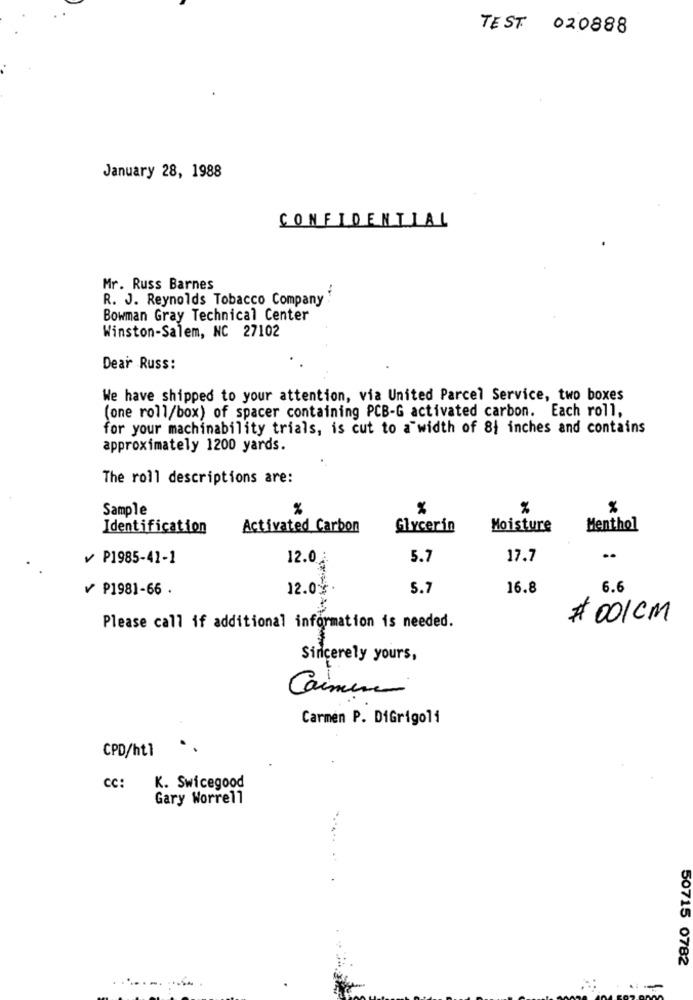
TEST 020888
January 28, 1988
CONFIDENTIAL
Mr. Russ Barnes
R. J. Reynolds Tobacco Company
Bowman Gray Technical Center
Winston-Salem, NC 27102
Dear Russ:
We have shipped to your attention, via United Parcel Service, two boxes
(one roll/box) of spacer containing PCB-G activated carbon. Each roll,
for your machinability trials, is cut to a width of 84 inches and contains
approximately 1200 yards.
The roll descriptions are:
Sample
%
%
%
Identification
Activated Carbon
Glycerin
Moisture
Menthol
P1985-41-1
12.0 :
5.7
17.7
₱1981-66.
12.0% .
5.7
16.8
6.6
# 001CM
Please call if additional information is needed.
Sincerely yours,
Carmen
Carmen P. DiGrigoli
CPD/ht1
..
CC:
K. Swicegood
Gary Worrell
50715 0782